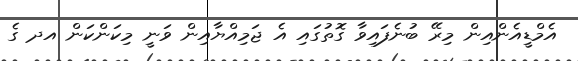
އެމްޑީއެންއިން މިރޭ ބުނެފައިވާ ގޮތުގައި އެ ޖަމިއްޔާއިން ވަނީ މިކަންކަން އދ ގެ